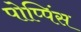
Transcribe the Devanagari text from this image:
पोप्पिंस